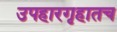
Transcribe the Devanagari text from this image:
उपहारगृहातच